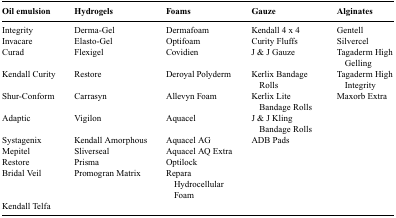
<table><thead><tr><td><b>Oil emulsion</b></td><td><b>Hydrogels</b></td><td><b>Foams</b></td><td><b>Gauze</b></td><td><b>Alginates</b></td></tr></thead><tbody><tr><td>Integrity</td><td>Derma-Gel</td><td>Dermafoam</td><td>Kendall 4 x 4</td><td>Gentell</td></tr><tr><td>Invacare</td><td>Elasto-Gel</td><td>Optifoam</td><td>Curity Fluffs</td><td>Silvercel</td></tr><tr><td>Curad</td><td>Flexigel</td><td>Covidien</td><td>J &amp; J Gauze</td><td>Tagaderm High Gelling</td></tr><tr><td>Kendall Curity</td><td>Restore</td><td>Deroyal Polyderm</td><td>Kerlix Bandage Rolls</td><td>Tagaderm High Integrity</td></tr><tr><td>Shur-Conform</td><td>Carrasyn</td><td>Allevyn Foam</td><td>Kerlix Lite Bandage Rolls</td><td>Maxorb Extra</td></tr><tr><td>Adaptic</td><td>Vigilon</td><td>Aquacel</td><td>J &amp; J Kling Bandage Rolls</td><td></td></tr><tr><td>Systagenix</td><td>Kendall Amorphous</td><td>Aquacel AG</td><td>ADB Pads</td><td></td></tr><tr><td>Mepitel</td><td>Sliverseal</td><td>Aquacel AQ Extra</td><td></td><td></td></tr><tr><td>Restore</td><td>Prisma</td><td>Optilock</td><td></td><td></td></tr><tr><td>Bridal Veil</td><td>Promogran Matrix</td><td>Repara Hydrocellular Foam</td><td></td><td></td></tr><tr><td>Kendall Telfa</td><td></td><td></td><td></td><td></td></tr></tbody></table>